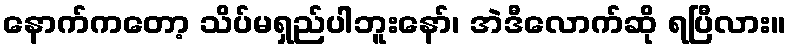
နောက်ကတော့ သိပ်မရှည်ပါဘူးနော်၊ အဲဒီလောက်ဆို ရပြီလား။